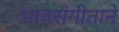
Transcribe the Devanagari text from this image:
भावसंगीताने